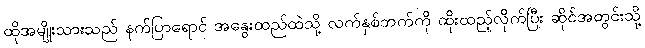
ထိုအမျိုးသားသည် နက်ပြာရောင် အနွေးထည်ထဲသို့ လက်နှစ်ဘက်ကို ထိုးထည့်လိုက်ပြီး ဆိုင်အတွင်းသို့